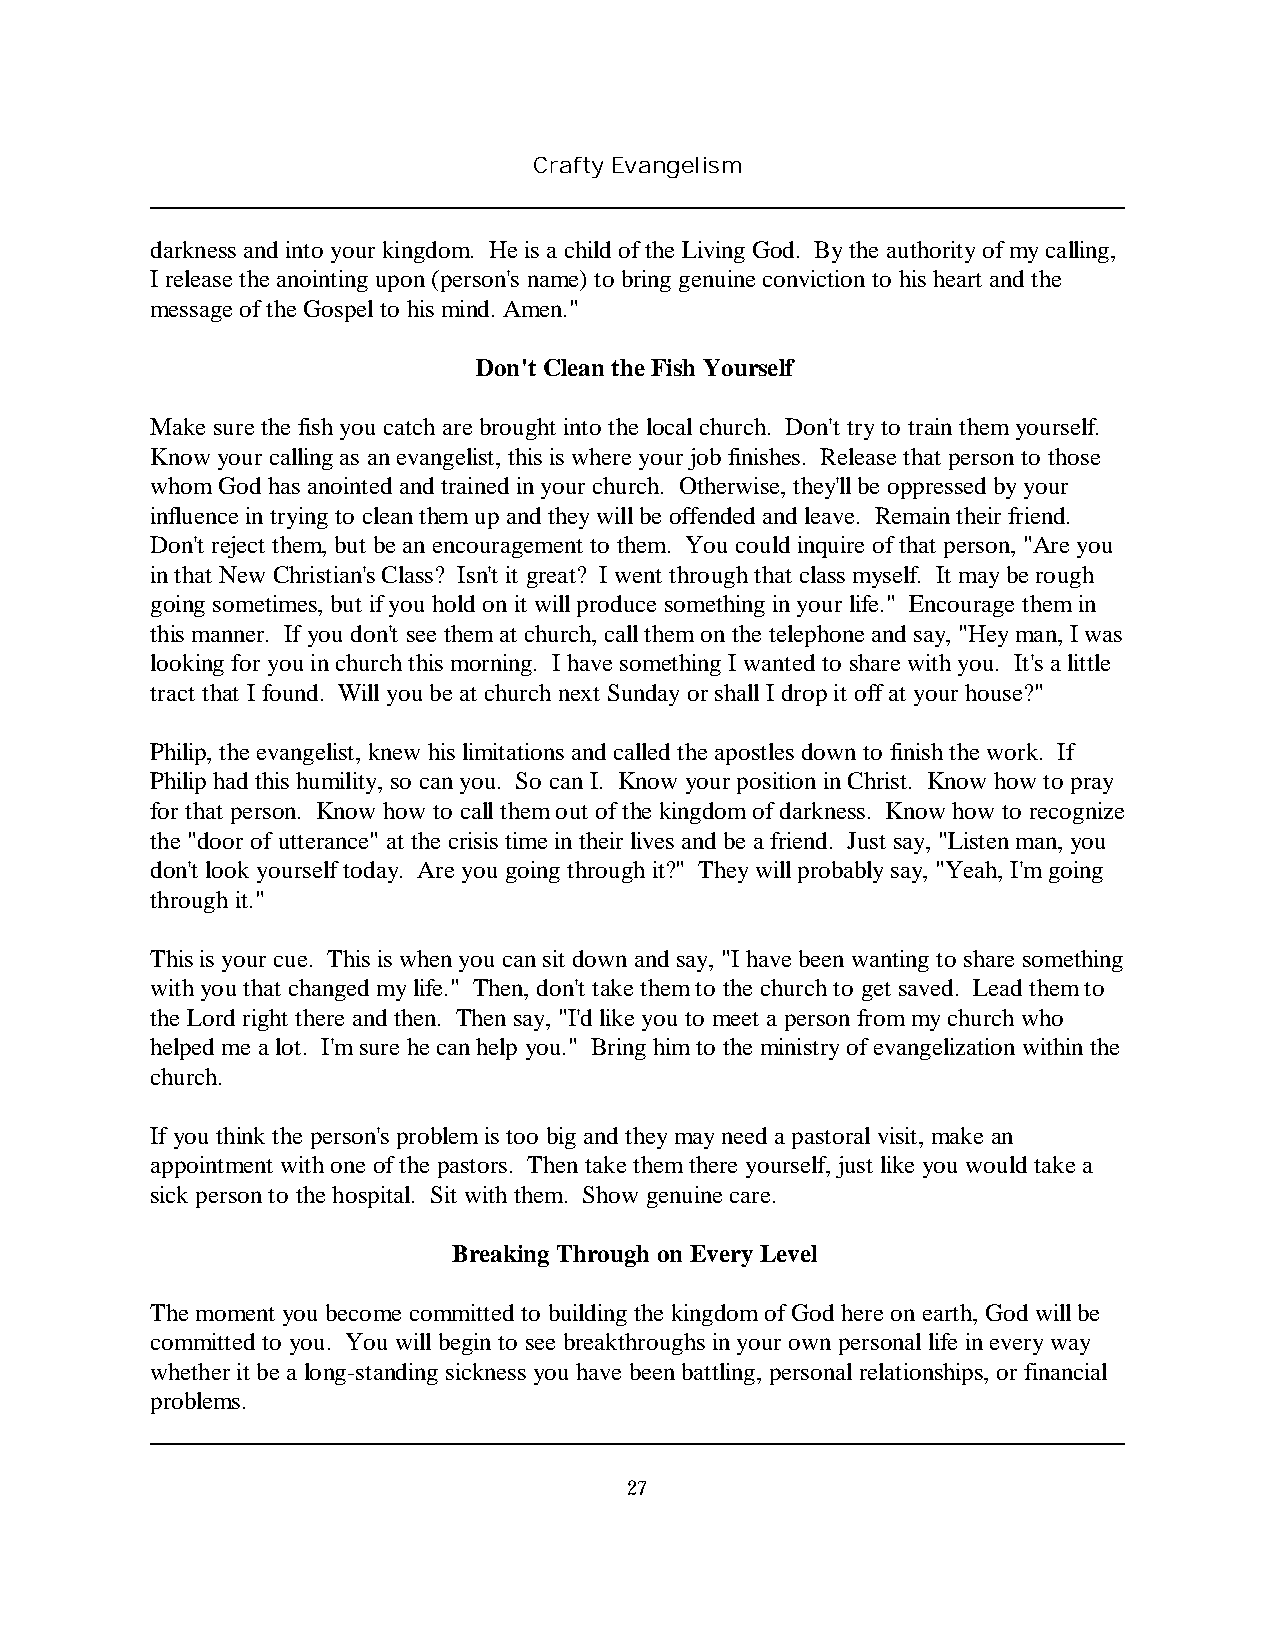
Crafty Evangelism
 darkness and into your kingdom. He is a child of the Living God. By the authority of my calling,
 I release the anointing upon (person's name) to bring genuine conviction to his heart and the
 message of the Gospel to his mind. Amen."
 Don't Clean the Fish Yourself
 Make sure the fish you catch are brought into the local church. Don't try to train them yourself.
 Know your calling as an evangelist, this is where your job finishes. Release that person to those
 whom God has anointed and trained in your church. Otherwise, they'll be oppressed by your
 influence in trying to clean them up and they will be offended and leave. Remain their friend.
 Don't reject them, but be an encouragement to them. You could inquire of that person, "Are you
 in that New Christian's Class? Isn't it great? I went through that class myself. It may be rough
 going sometimes, but if you hold on it will produce something in your life." Encourage them in
 this manner. If you don't see them at church, call them on the telephone and say, "Hey man, I was
 looking for you in church this morning. I have something I wanted to share with you. It's a little
 tract that I found. Will you be at church next Sunday or shall I drop it off at your house?"
 Philip, the evangelist, knew his limitations and called the apostles down to finish the work. If
 Philip had this humility, so can you. So can I. Know your position in Christ. Know how to pray
 for that person. Know how to call them out of the kingdom of darkness. Know how to recognize
 the "door of utterance" at the crisis time in their lives and be a friend. Just say, "Listen man, you
 don't look yourself today. Are you going through it?" They will probably say, "Yeah, I'm going
 through it."
 This is your cue. This is when you can sit down and say, "I have been wanting to share something
 with you that changed my life." Then, don't take them to the church to get saved. Lead them to
 the Lord right there and then. Then say, "I'd like you to meet a person from my church who
 helped me a lot. I'm sure he can help you." Bring him to the ministry of evangelization within the
 church.
 If you think the person's problem is too big and they may need a pastoral visit, make an
 appointment with one of the pastors. Then take them there yourself, just like you would take a
 sick person to the hospital. Sit with them. Show genuine care.
 Breaking Through on Every Level
 The moment you become committed to building the kingdom of God here on earth, God will be
 committed to you. You will begin to see breakthroughs in your own personal life in every way
 whether it be a long-standing sickness you have been battling, personal relationships, or financial
 problems.
 27